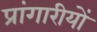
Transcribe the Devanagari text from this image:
प्रांगारीयों